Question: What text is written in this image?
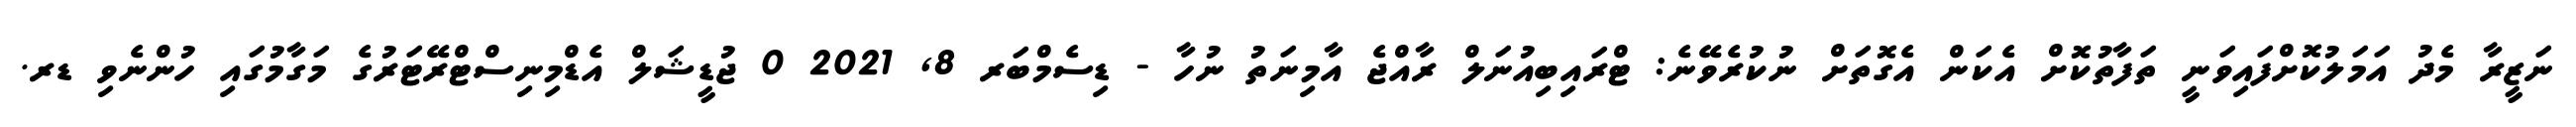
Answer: ނަޒީރާ މެދު އަމަލުކޮށްފައިވަނީ ތަފާތުކޮށް އެކަން އެގޮތަށް ނުކުރެވޭނެ: ޓްރައިބިއުނަލް ރާއްޖެ އާމިނަތު ނުހާ - ޑިސެމްބަރ 8, 2021 0 ޖުޑީޝަލް އެޑްމިނިސްޓްރޭޓަރުގެ މަގާމުގައި ހުންނެވި ޑރ.